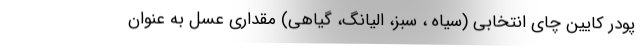
پودر کایین چای انتخابی (سیاه ، سبز، الیانگ، گیاهی) مقداری عسل به عنوان